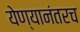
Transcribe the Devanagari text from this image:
येण्यानंतरच